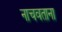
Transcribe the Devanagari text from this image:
नाचवताना